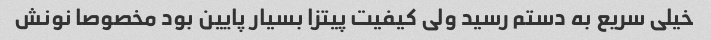
خیلی سریع به دستم رسید ولی کیفیت پیتزا بسیار پایین بود مخصوصا نونش